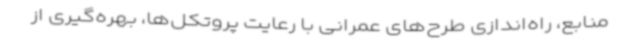
منابع، راه‌اندازی طرح‌های عمرانی با رعایت پروتکل‌ها، بهره‌گیری از